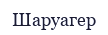
Шаруагер